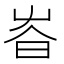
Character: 𡴏